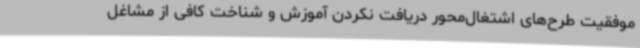
موفقیت طرح‌های اشتغال‌محور دریافت نکردن آموزش و شناخت کافی از مشاغل